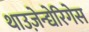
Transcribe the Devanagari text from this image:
थाउज़ेन्द्येरिगेस